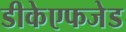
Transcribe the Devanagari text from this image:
डीकेएफजेड